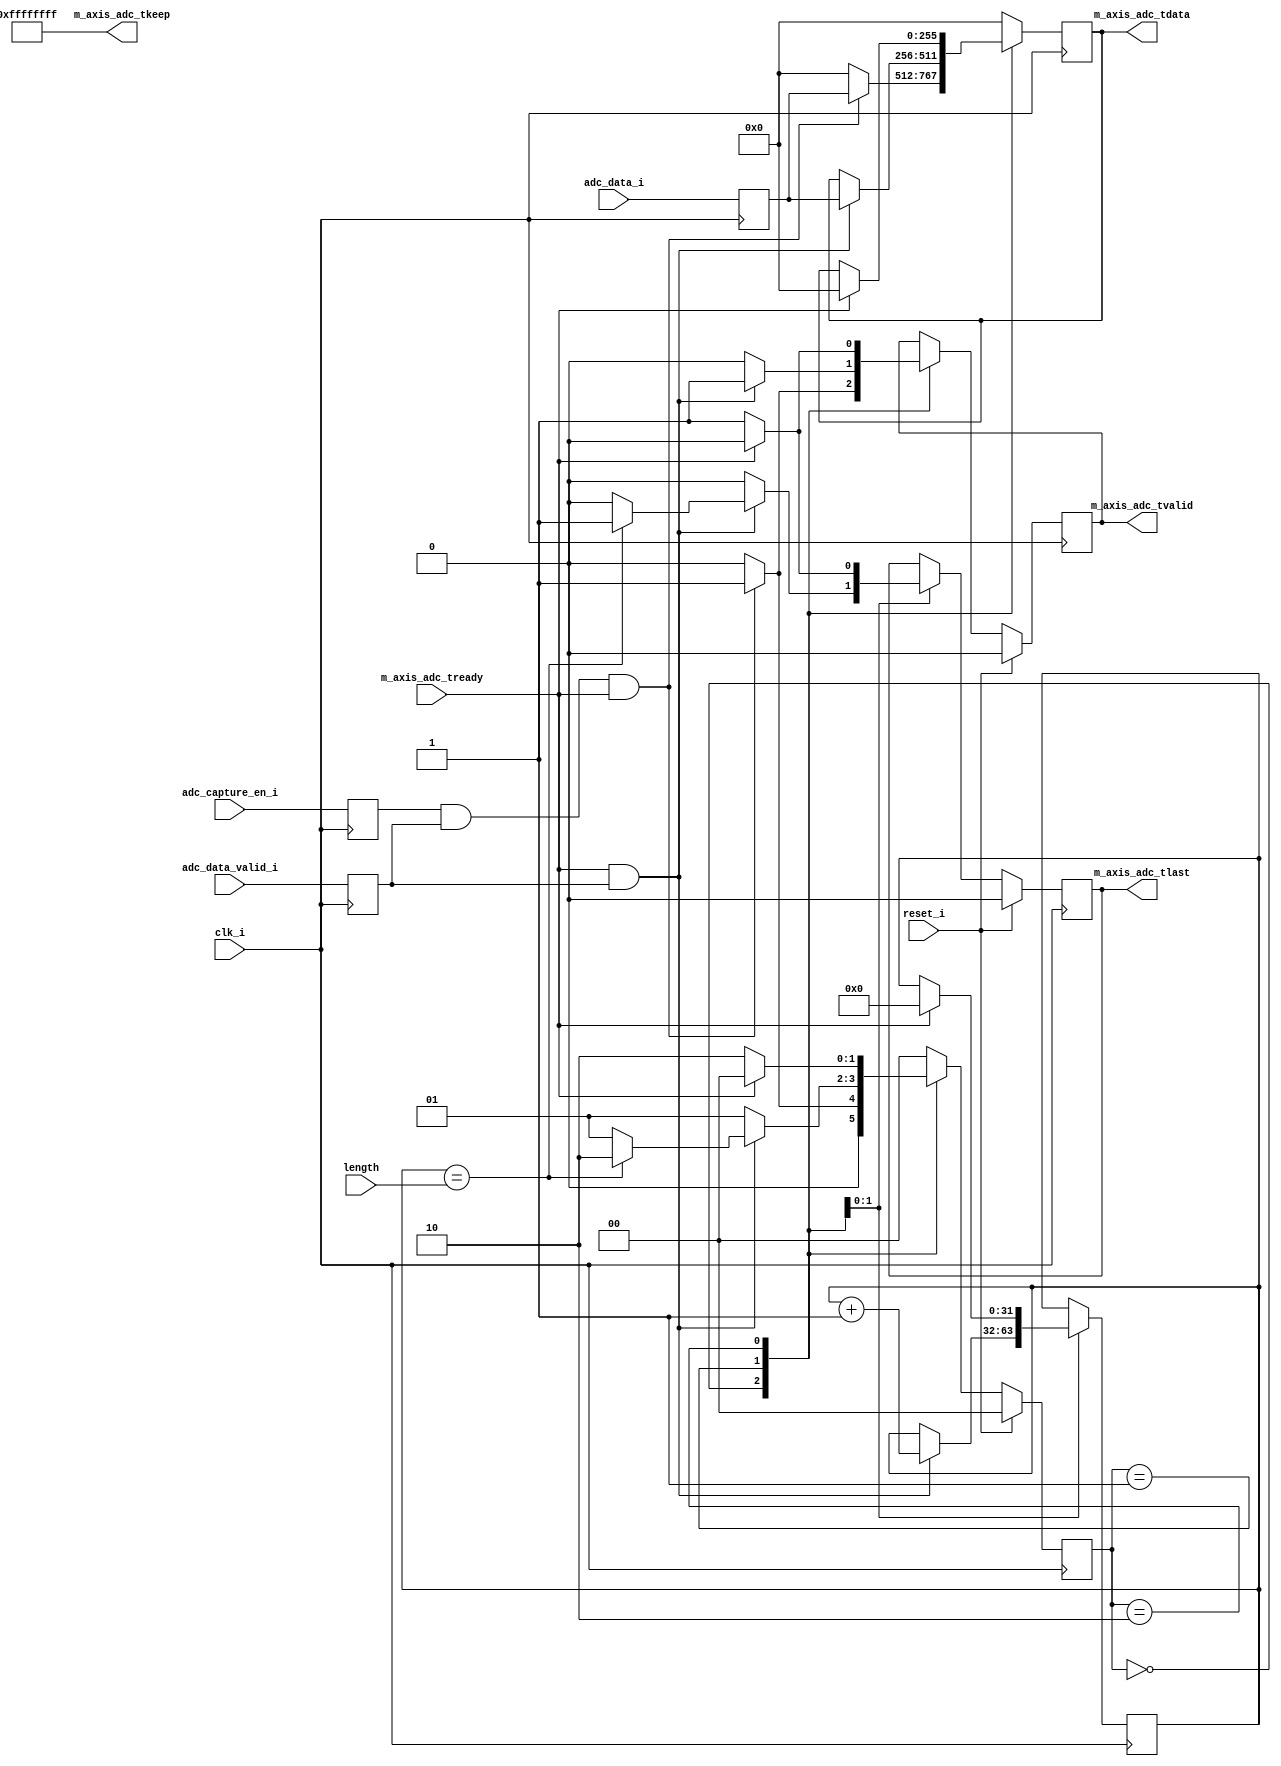
module adc_to_axistream #(
    parameter ADC_DWIDTH = 256
) (
    input                  clk_i,
    input                  reset_i,
    input                  adc_capture_en_i,  //使能转换信号
    input [ADC_DWIDTH-1:0] adc_data_i,
    input                  adc_data_valid_i,

    input                          m_axis_adc_tready,
    output reg                     m_axis_adc_tvalid,
    output reg [   ADC_DWIDTH-1:0] m_axis_adc_tdata,
    output     [ADC_DWIDTH/8 -1:0] m_axis_adc_tkeep,
    output reg                     m_axis_adc_tlast,

    // 默认length是0x1FFFF，传输2 * 2,097,152字节数据
    // 最大值可传输4GB数据，但DMA的BD做不到，且DDR也装不满
    input       [31:0]             length
);


  wire [31:0] length;



  reg [ADC_DWIDTH-1:0] adc_data_reg;
  reg                  adc_data_valid_reg;
  reg                  adc_capture_en_reg;

  reg [          31:0] data_cnt = 'd0;  // 记录多少数据拉高tlast
  reg [           1:0] state;


  assign m_axis_adc_tkeep = -1;  // 赋全1



  // 本以为不打拍的话时序是过不了的，但实际可能是复位问题
  always @(posedge clk_i) begin
    adc_data_reg       <= adc_data_i;
    adc_data_valid_reg <= adc_data_valid_i;
    adc_capture_en_reg <= adc_capture_en_i;
  end

  // 原代码用的就是同步高复位，但因为reset_i和clk_i是异步时钟源
  // 但改成异步复位也不能解决时序问题
  always @(posedge clk_i) begin
    if (reset_i) begin
      m_axis_adc_tvalid <= 1'b0;
      m_axis_adc_tlast  <= 1'b0;
      state             <= 0;
    end else begin
      case (state)
        0: begin
          if (adc_capture_en_reg && adc_data_valid_reg && m_axis_adc_tready) begin
            m_axis_adc_tvalid <= 1'b1;
            state             <= 1;
          end else begin
            m_axis_adc_tvalid <= 1'b0;
            state             <= 0;
          end
        end
        1: begin
          if (m_axis_adc_tready && adc_data_valid_reg) begin
            m_axis_adc_tvalid <= 1'b1;
            if (data_cnt == length) begin
              m_axis_adc_tlast <= 1'b1;
              state            <= 2;
            end else begin
              m_axis_adc_tlast <= 1'b0;
              state            <= 1;
            end
          end else begin
            m_axis_adc_tlast  <= 1'b0;
            m_axis_adc_tvalid <= 1'b0;
            state             <= 1;
          end
        end
        2: begin
          if (!m_axis_adc_tready) begin
            // 如果tready没拉高，从机可能没有检测到tlast
            m_axis_adc_tvalid <= 1'b1;
            m_axis_adc_tlast  <= 1'b1;
            state             <= 2;
          end else begin
            // 在进入该状态时检测到从机的ready信号为1说明数据和last信号已经成功传递给从机
            // 所以可以直接将master的valid信号拉低，返回到idle状态，等到下一次的触发条件满足即可
            m_axis_adc_tvalid <= 1'b0;
            m_axis_adc_tlast  <= 1'b0;
            state             <= 0;
          end
        end
        default: state <= 0;
      endcase
    end
  end

  // 一开始，m_axis_adc_tdata的逻辑是和状态机放一起的，并且用了复位
  // 但是这样不行，即使注释复位也不行，因为会让时钟连接到触发器CE端口
  // 导致时序slack过不了
  // 具体见UG949第54页 Issues When Trying to Eliminate Reset in HDL Code
  // 因此额外用always来写
  always @(posedge clk_i) begin
    case (state)
      0: begin
        if (adc_capture_en_reg && adc_data_valid_reg && m_axis_adc_tready) begin
          m_axis_adc_tdata <= adc_data_reg;
        end else begin
          m_axis_adc_tdata <= 'b0;
        end
      end
      1: begin
        if (m_axis_adc_tready && adc_data_valid_reg) begin
          m_axis_adc_tdata <= adc_data_reg;
          data_cnt         <= data_cnt + 1'b1;
        end else begin
          m_axis_adc_tdata <= m_axis_adc_tdata;
          data_cnt         <= data_cnt;
        end
      end
      2: begin
        if (!m_axis_adc_tready) begin
          m_axis_adc_tdata <= m_axis_adc_tdata;
          data_cnt         <= data_cnt;
        end else begin
          m_axis_adc_tdata <= 'b0;
          data_cnt         <= 'd0;
        end
      end
      default: m_axis_adc_tdata <= 'b0;
    endcase
  end


endmodule